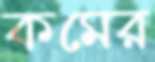
কমের